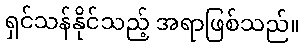
ရှင်သန်နိုင်သည့် အရာဖြစ်သည်။